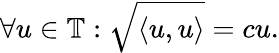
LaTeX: \forall u\in\mathbb T:\sqrt{\langle u,u\rangle}=cu.